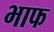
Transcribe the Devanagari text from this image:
भाफ